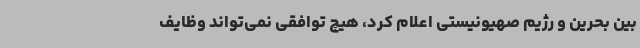
بین بحرین و رژیم صهیونیستی اعلام کرد، هیچ توافقی نمی‌تواند وظایف